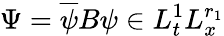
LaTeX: \Psi=\overline{{\psi}}B\psi\in L_{t}^{1}L_{x}^{r_{1}}